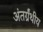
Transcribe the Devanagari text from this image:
अंतर्ग्रंथीय